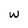
Character: W